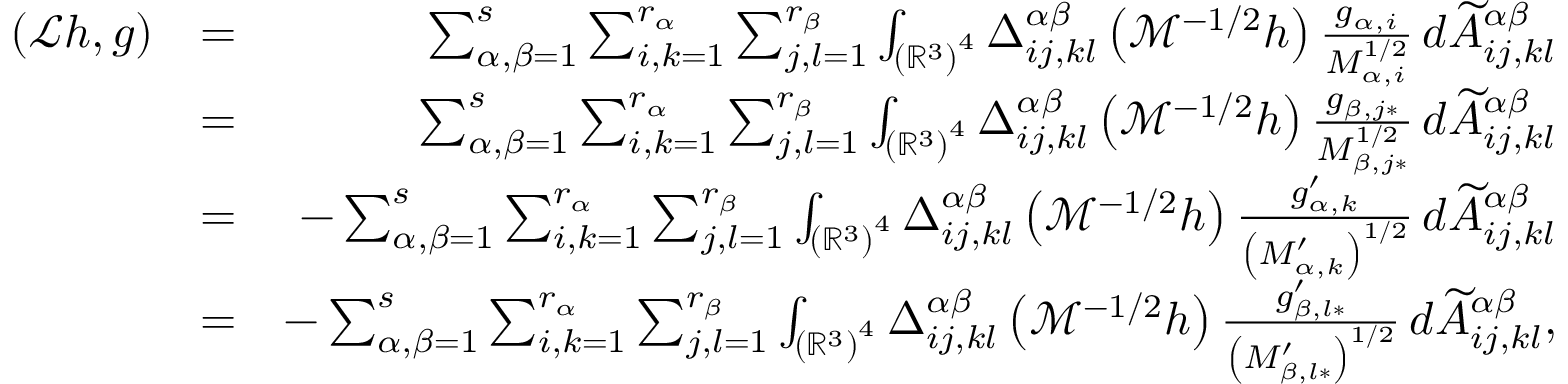
\begin{array} { r l r } { \left( \mathcal { L } h , g \right) } & { = } & { \sum _ { \alpha , \beta = 1 } ^ { s } \sum _ { i , k = 1 } ^ { r _ { \alpha } } \sum _ { j , l = 1 } ^ { r _ { \beta } } \int _ { \left( \mathbb { R } ^ { 3 } \right) ^ { 4 } } \Delta _ { i j , k l } ^ { \alpha \beta } \left( \mathcal { M } ^ { - 1 / 2 } h \right) \frac { g _ { \alpha , i } } { M _ { \alpha , i } ^ { 1 / 2 } } \, d \widetilde { A } _ { i j , k l } ^ { \alpha \beta } } \\ & { = } & { \sum _ { \alpha , \beta = 1 } ^ { s } \sum _ { i , k = 1 } ^ { r _ { \alpha } } \sum _ { j , l = 1 } ^ { r _ { \beta } } \int _ { \left( \mathbb { R } ^ { 3 } \right) ^ { 4 } } \Delta _ { i j , k l } ^ { \alpha \beta } \left( \mathcal { M } ^ { - 1 / 2 } h \right) \frac { g _ { \beta , j \ast } } { M _ { \beta , j \ast } ^ { 1 / 2 } } \, d \widetilde { A } _ { i j , k l } ^ { \alpha \beta } } \\ & { = } & { - \sum _ { \alpha , \beta = 1 } ^ { s } \sum _ { i , k = 1 } ^ { r _ { \alpha } } \sum _ { j , l = 1 } ^ { r _ { \beta } } \int _ { \left( \mathbb { R } ^ { 3 } \right) ^ { 4 } } \Delta _ { i j , k l } ^ { \alpha \beta } \left( \mathcal { M } ^ { - 1 / 2 } h \right) \frac { g _ { \alpha , k } ^ { \prime } } { \left( M _ { \alpha , k } ^ { \prime } \right) ^ { 1 / 2 } } \, d \widetilde { A } _ { i j , k l } ^ { \alpha \beta } } \\ & { = } & { - \sum _ { \alpha , \beta = 1 } ^ { s } \sum _ { i , k = 1 } ^ { r _ { \alpha } } \sum _ { j , l = 1 } ^ { r _ { \beta } } \int _ { \left( \mathbb { R } ^ { 3 } \right) ^ { 4 } } \Delta _ { i j , k l } ^ { \alpha \beta } \left( \mathcal { M } ^ { - 1 / 2 } h \right) \frac { g _ { \beta , l \ast } ^ { \prime } } { \left( M _ { \beta , l \ast } ^ { \prime } \right) ^ { 1 / 2 } } \, d \widetilde { A } _ { i j , k l } ^ { \alpha \beta } \mathrm { , } } \end{array}